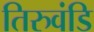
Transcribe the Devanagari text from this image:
तिरुवंडि